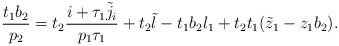
\begin{align*}\frac{t_{1} b_{2}}{p_{2}}= t_{2}\frac{ i+\tau_{1}\tilde{j}_i}{ p_{1}\tau_{1}}+ t_{2}\tilde{l} - t_{1}b_{2}l_{1}+ t_{2} t_{1}(\tilde{z}_1-z_1b_2).\end{align*}